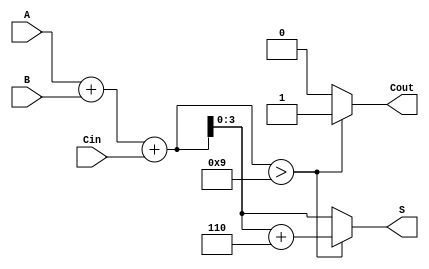
module BCD_Carry_Lookahead_Adder (
    input  wire [3:0] A,     // First BCD digit
    input  wire [3:0] B,     // Second BCD digit
    input  wire Cin,         // Carry-in
    output reg  [3:0] S,     // BCD sum result
    output reg  Cout         // Carry-out
);

    wire [4:0] S_temp;       // Temporary sum (5 bits to accommodate carry)
    wire [3:0] P;            // Propagate signals
    wire [3:0] G;            // Generate signals
    wire C1, C2, C3;         // Carry signals

    // Generate propagate and generate signals
    assign P = A ^ B;        // P = A  B
    assign G = A & B;        // G = A  B

    // Calculate carry signals
    assign C1 = G[0] | (P[0] & Cin);
    assign C2 = G[1] | (P[1] & G[0]) | (P[1] & P[0] & Cin);
    assign C3 = G[2] | (P[2] & G[1]) | (P[2] & P[1] & P[0] & Cin);

    // Calculate the initial sum
    assign S_temp = A + B + Cin;

    // Determine if correction is needed
    always @(*) begin
        if (S_temp > 9) begin
            S = S_temp + 6;  // Apply correction
            Cout = 1;        // Set carry-out
        end else begin
            S = S_temp;      // No correction needed
            Cout = 0;        // No carry-out
        end
    end

endmodule